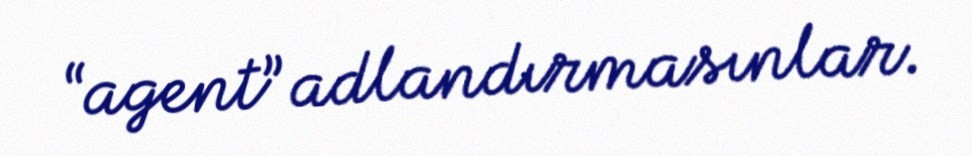
“agent” adlandırmasınlar.